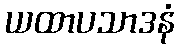
ယထာပသာဒနံ